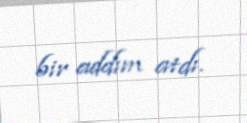
bir addım atdı.